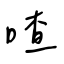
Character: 喳